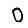
Digit: 0